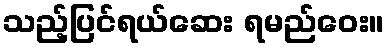
သည့်ပြင်ရယ်ဆေး ရမည်ဝေး။